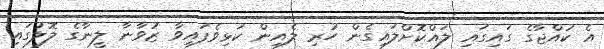
އެ ކުއްޖާގެ ގައިގައި ލައްކޮށްލައިގެން ހުރި ލެއިން ކަޅިވެފައިވާ ޒުވާނާ ލީނާގެ ލޮލުގައި